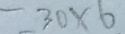
= 3 0 \times 6